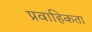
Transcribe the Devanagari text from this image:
प्रवाहिकता